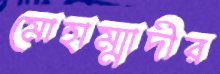
মোহাম্মাদীর